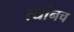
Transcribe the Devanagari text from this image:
त्यांनच